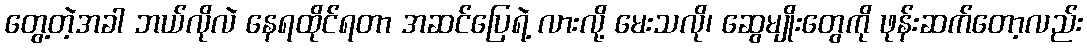
တွေ့တဲ့အခါ ဘယ်လိုလဲ နေရထိုင်ရတာ အဆင်ပြေရဲ့ လားလို့ မေးသလို၊ ဆွေမျိုးတွေကို ဖုန်းဆက်တော့လည်း